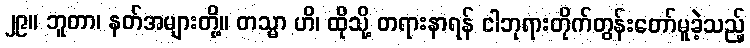
၂၉။ ဘူတာ၊ နတ်အများတို့။ တသ္မာ ဟိ၊ ထိုသို့ တရားနာရန် ငါဘုရားတိုက်တွန်းတော်မူခဲ့သည့်